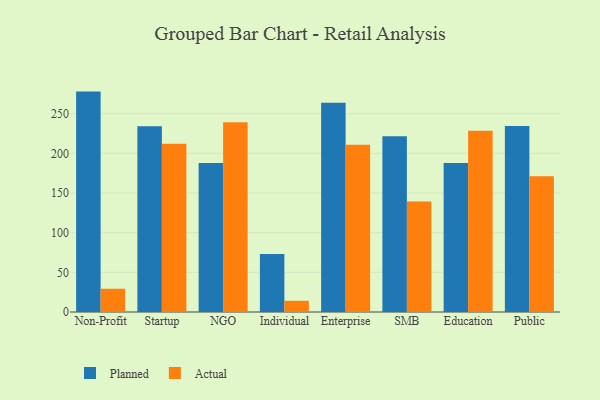
{"axis": {"x": "Segment", "y": "Tickets Resolved"}, "legend": ["Actual", "Planned"], "data": [{"x": "Non-Profit", "y": 277.8, "type": "Planned"}, {"x": "Non-Profit", "y": 29.3, "type": "Actual"}, {"x": "Startup", "y": 234.2, "type": "Planned"}, {"x": "Startup", "y": 212.0, "type": "Actual"}, {"x": "NGO", "y": 187.7, "type": "Planned"}, {"x": "NGO", "y": 239.1, "type": "Actual"}, {"x": "Individual", "y": 73.1, "type": "Planned"}, {"x": "Individual", "y": 14.1, "type": "Actual"}, {"x": "Enterprise", "y": 263.7, "type": "Planned"}, {"x": "Enterprise", "y": 210.8, "type": "Actual"}, {"x": "SMB", "y": 221.5, "type": "Planned"}, {"x": "SMB", "y": 139.4, "type": "Actual"}, {"x": "Education", "y": 187.7, "type": "Planned"}, {"x": "Education", "y": 228.3, "type": "Actual"}, {"x": "Public", "y": 234.5, "type": "Planned"}, {"x": "Public", "y": 171.1, "type": "Actual"}]}